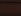
لقد